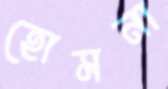
হোমনা